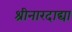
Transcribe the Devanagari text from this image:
श्रीनारदाद्या